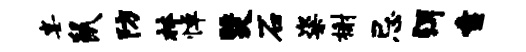
宴鼠防林悼燹石粢榭忌弭索